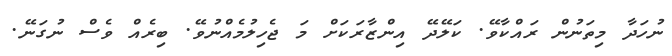
ނުހަދާ މިތަނުން ރައްކާވޭ. ކަލޭދޭ އިންޒާރަކަށް މަ ޖެހިލުމެއްނުވޭ. ބިރެއް ވެސް ނުގަނޭ.